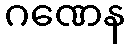
ဂဏေန